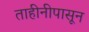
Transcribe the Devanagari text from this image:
ताहीनीपासून